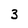
Character: 3